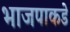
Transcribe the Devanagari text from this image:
भाजपाकडे